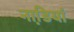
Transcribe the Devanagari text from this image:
नाडि़यां